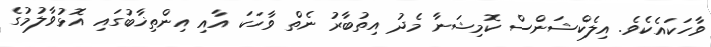
ވާހަކައެކެވެ. އިލެކްޝަންސް ކޮމިޝަނާ މެދު އިތުބާރު ނެތް ވާހަކަ އާއި އިންތިޚާބުގައި އޮޅުވާލުމުގެ